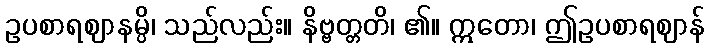
ဥပစာရဈာနမ္ပိ၊ သည်လည်း။ နိဗ္ဗတ္တတိ၊ ၏။ ဣတော၊ ဤဥပစာရဈာန်